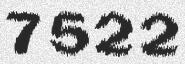
7522